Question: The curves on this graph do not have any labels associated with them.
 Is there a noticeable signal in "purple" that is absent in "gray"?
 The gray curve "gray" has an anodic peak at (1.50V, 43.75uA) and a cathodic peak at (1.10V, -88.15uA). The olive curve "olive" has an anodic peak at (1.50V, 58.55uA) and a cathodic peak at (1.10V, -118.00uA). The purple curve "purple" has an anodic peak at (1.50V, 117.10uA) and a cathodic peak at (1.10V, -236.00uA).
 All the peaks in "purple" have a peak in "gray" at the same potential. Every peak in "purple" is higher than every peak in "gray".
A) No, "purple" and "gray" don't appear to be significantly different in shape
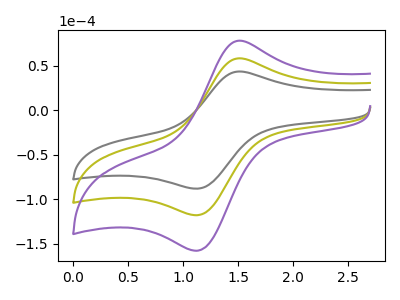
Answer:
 <answer>A) No, "purple" and "gray" don't appear to be significantly different in shape</answer>
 <eval>A</eval>